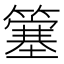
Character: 簺